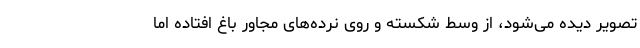
تصویر دیده می‌شود، از وسط شکسته و روی نرده‌های مجاور باغ افتاده اما